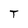
Character: T